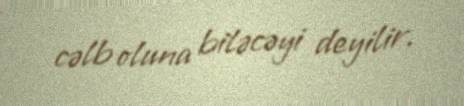
cəlb oluna biləcəyi deyilir.